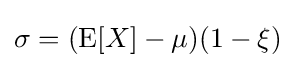
\sigma =(\operatorname {E} [X]-\mu )(1-\xi )